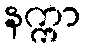
နက္ကာ